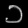
Digit: ၁